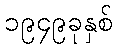
၁၉၄၉ခုနှစ်